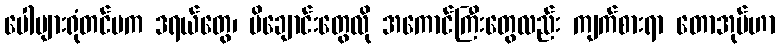
ပေါများရုံတင်မက ဒရယ်တွေ၊ မိချောင်းတွေလို အကောင်ကြီးတွေလည်း ကျက်စားရာ တောအုပ်ဟာ